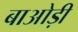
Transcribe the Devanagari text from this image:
बाओड़ी